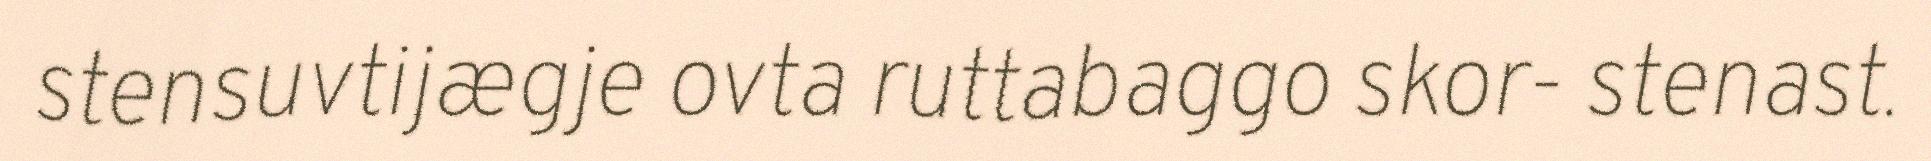
stensuvtijægje ovta ruttabaggo skor- stenast.